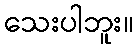
သေးပါဘူး။